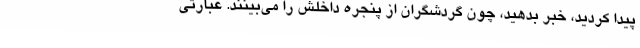
پیدا کردید، خبر بدهید، چون گردشگران از پنجره داخلش را می‌بینند. عبارتی